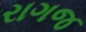
રાગજ